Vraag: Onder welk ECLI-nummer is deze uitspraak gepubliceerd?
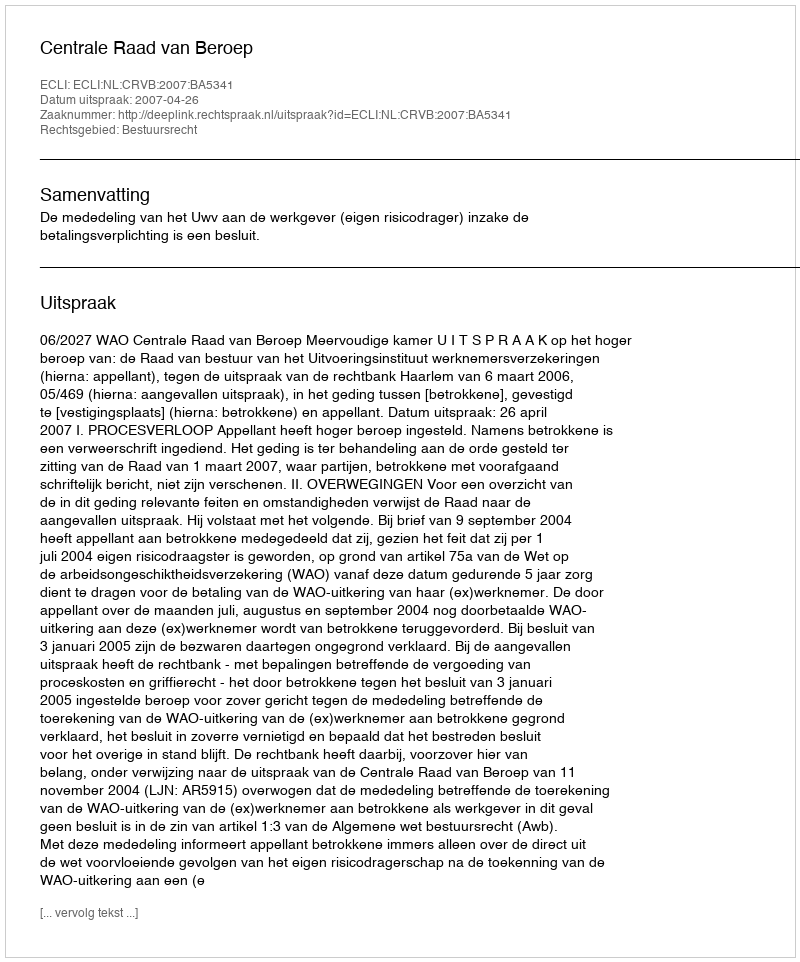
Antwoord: ECLI:NL:CRVB:2007:BA5341